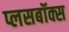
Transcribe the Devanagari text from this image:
प्लसबॉक्स